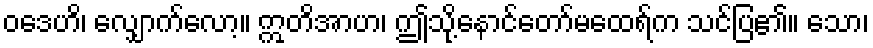
ဝဒေဟိ၊ လျှောက်လော့။ ဣတိအာဟ၊ ဤသို့နောင်တော်မထေရ်က သင်ပြ၏။ သော၊